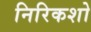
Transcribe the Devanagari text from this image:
निरिकशो